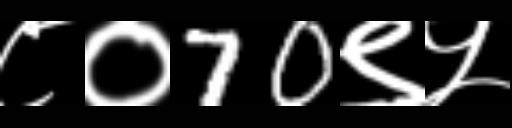
Text: ८०70९५